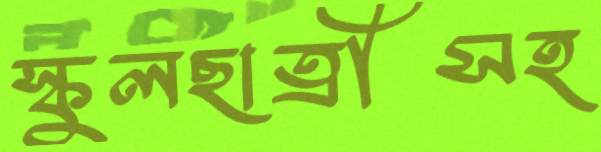
স্কুলছাত্রীসহ